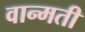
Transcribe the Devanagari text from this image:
वान्मती